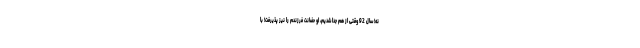
نه! سال 92 وقتی از هم جدا شدیم، او حضانت فرزندم را نیز پذیرفت! با